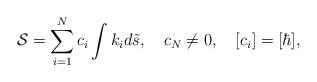
LaTeX: \begin{align*}{\cal S}=\sum_{i=1}^{N}c_i\int{k}_id{\tilde s},\quad c_N\neq 0, \quad [c_i]=[\hbar],\end{align*}